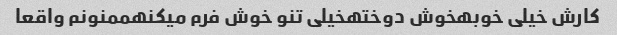
کارش خیلی خوبهخوش دوختهخیلی تنو خوش فرم میکنهممنونم واقعا